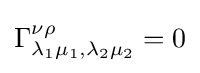
\Gamma _{\lambda _{1}\mu _{1},\lambda _{2}\mu _{2}}^{\nu \rho }=0